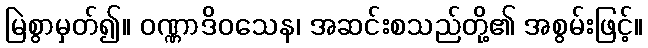
မြဲစွာမှတ်၍။ ဝဏ္ဏာဒိဝသေန၊ အဆင်းစသည်တို့၏ အစွမ်းဖြင့်။